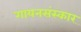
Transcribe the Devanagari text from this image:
गायनसंस्कार